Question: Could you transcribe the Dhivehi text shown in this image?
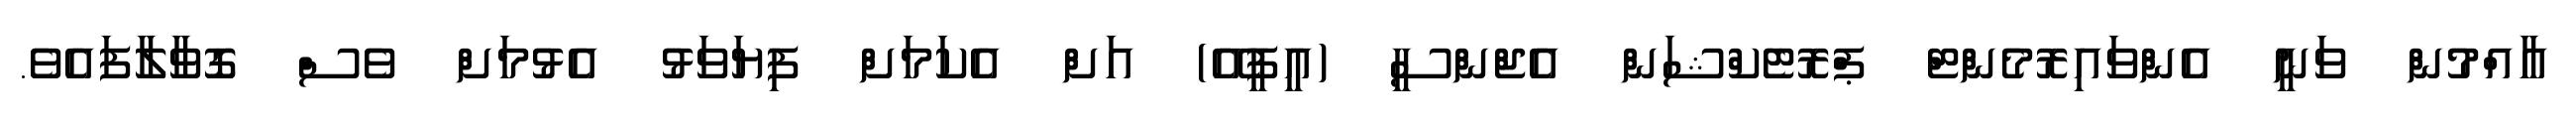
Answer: އާއްމުން ވަނީ އެންވައިރޮމެންޓް ޕްރޮޓެކްޝަން އެޖްންސީ (އީޕީއޭ) އަށް އެކަމަށް ފިޔަވަޅު އެޅުމަށް ވެސް ގޮވާލާފައެވެ.